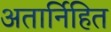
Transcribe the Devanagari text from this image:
अतार्निहित